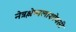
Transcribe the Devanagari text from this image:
नेत्रश्लेष्मलाशोथसी